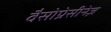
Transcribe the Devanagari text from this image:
वैसोप्रेसीनेज़